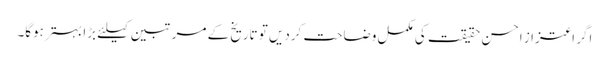
اگر اعتزاز احسن حقیقت کی مکمل وضاحت کردیں تو تاریخ کے مرتبین کیلئے بڑا بہتر ہوگا۔